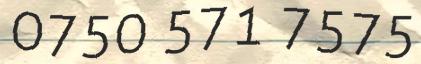
0750 571 7575